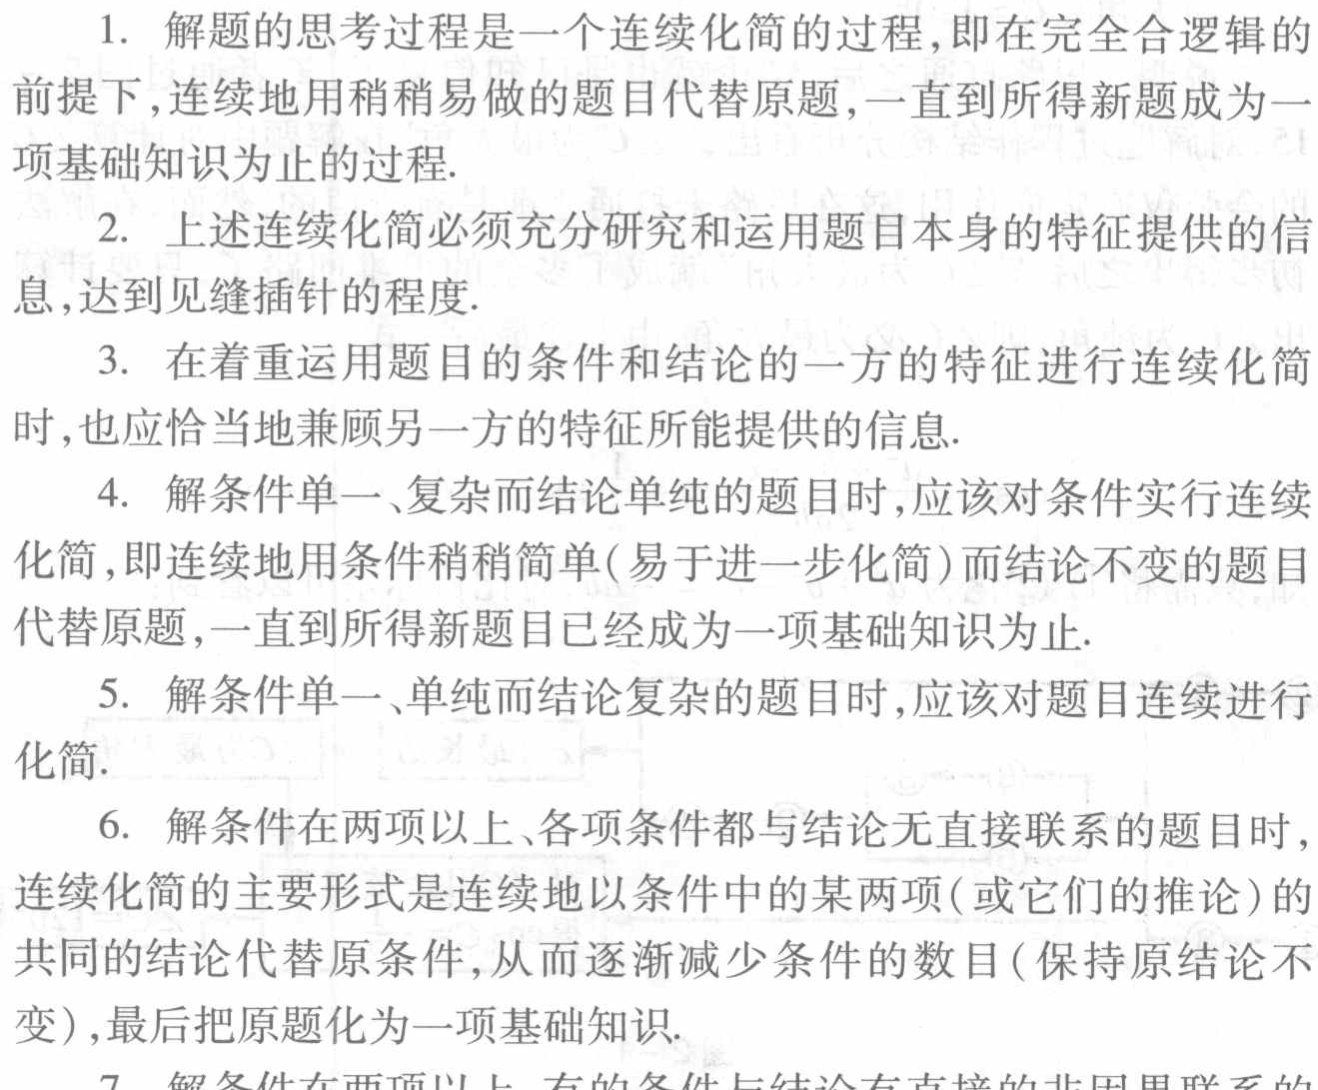
1. 解题的思考过程是一个连续化简的过程，即在完全合逻辑的
前提下,连续地用稍稍易做的题目代替原题,一直到所得新题成为一
项基础知识为止的过程.
2. 上述连续化简必须充分研究和运用题目本身的特征提供的信
息,达到见缝插针的程度.
3. 在着重运用题目的条件和结论的一方的特征进行连续化简
时,也应恰当地兼顾另一方的特征所能提供的信息.
4. 解条件单一、复杂而结论单纯的题目时,应该对条件实行连续
化简,即连续地用条件稍稍简单(易于进一步化简)而结论不变的题目
代替原题,一直到所得新题目已经成为一项基础知识为止.
5. 解条件单一、单纯而结论复杂的题目时,应该对题目连续进行
化简.
6. 解条件在两项以上、各项条件都与结论无直接联系的题目时,
连续化简的主要形式是连续地以条件中的某两项(或它们的推论)的
共同的结论代替原条件,从而逐渐减少条件的数目(保持原结论不
变),最后把原题化为一项基础知识.
7. 解条件在两项以上 有的条件与结论有直接的非因思联系的